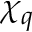
\chi _ { q }